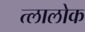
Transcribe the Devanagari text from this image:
त्लालोक